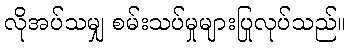
လိုအပ်သမျှ စမ်းသပ်မှုများပြုလုပ်သည်။